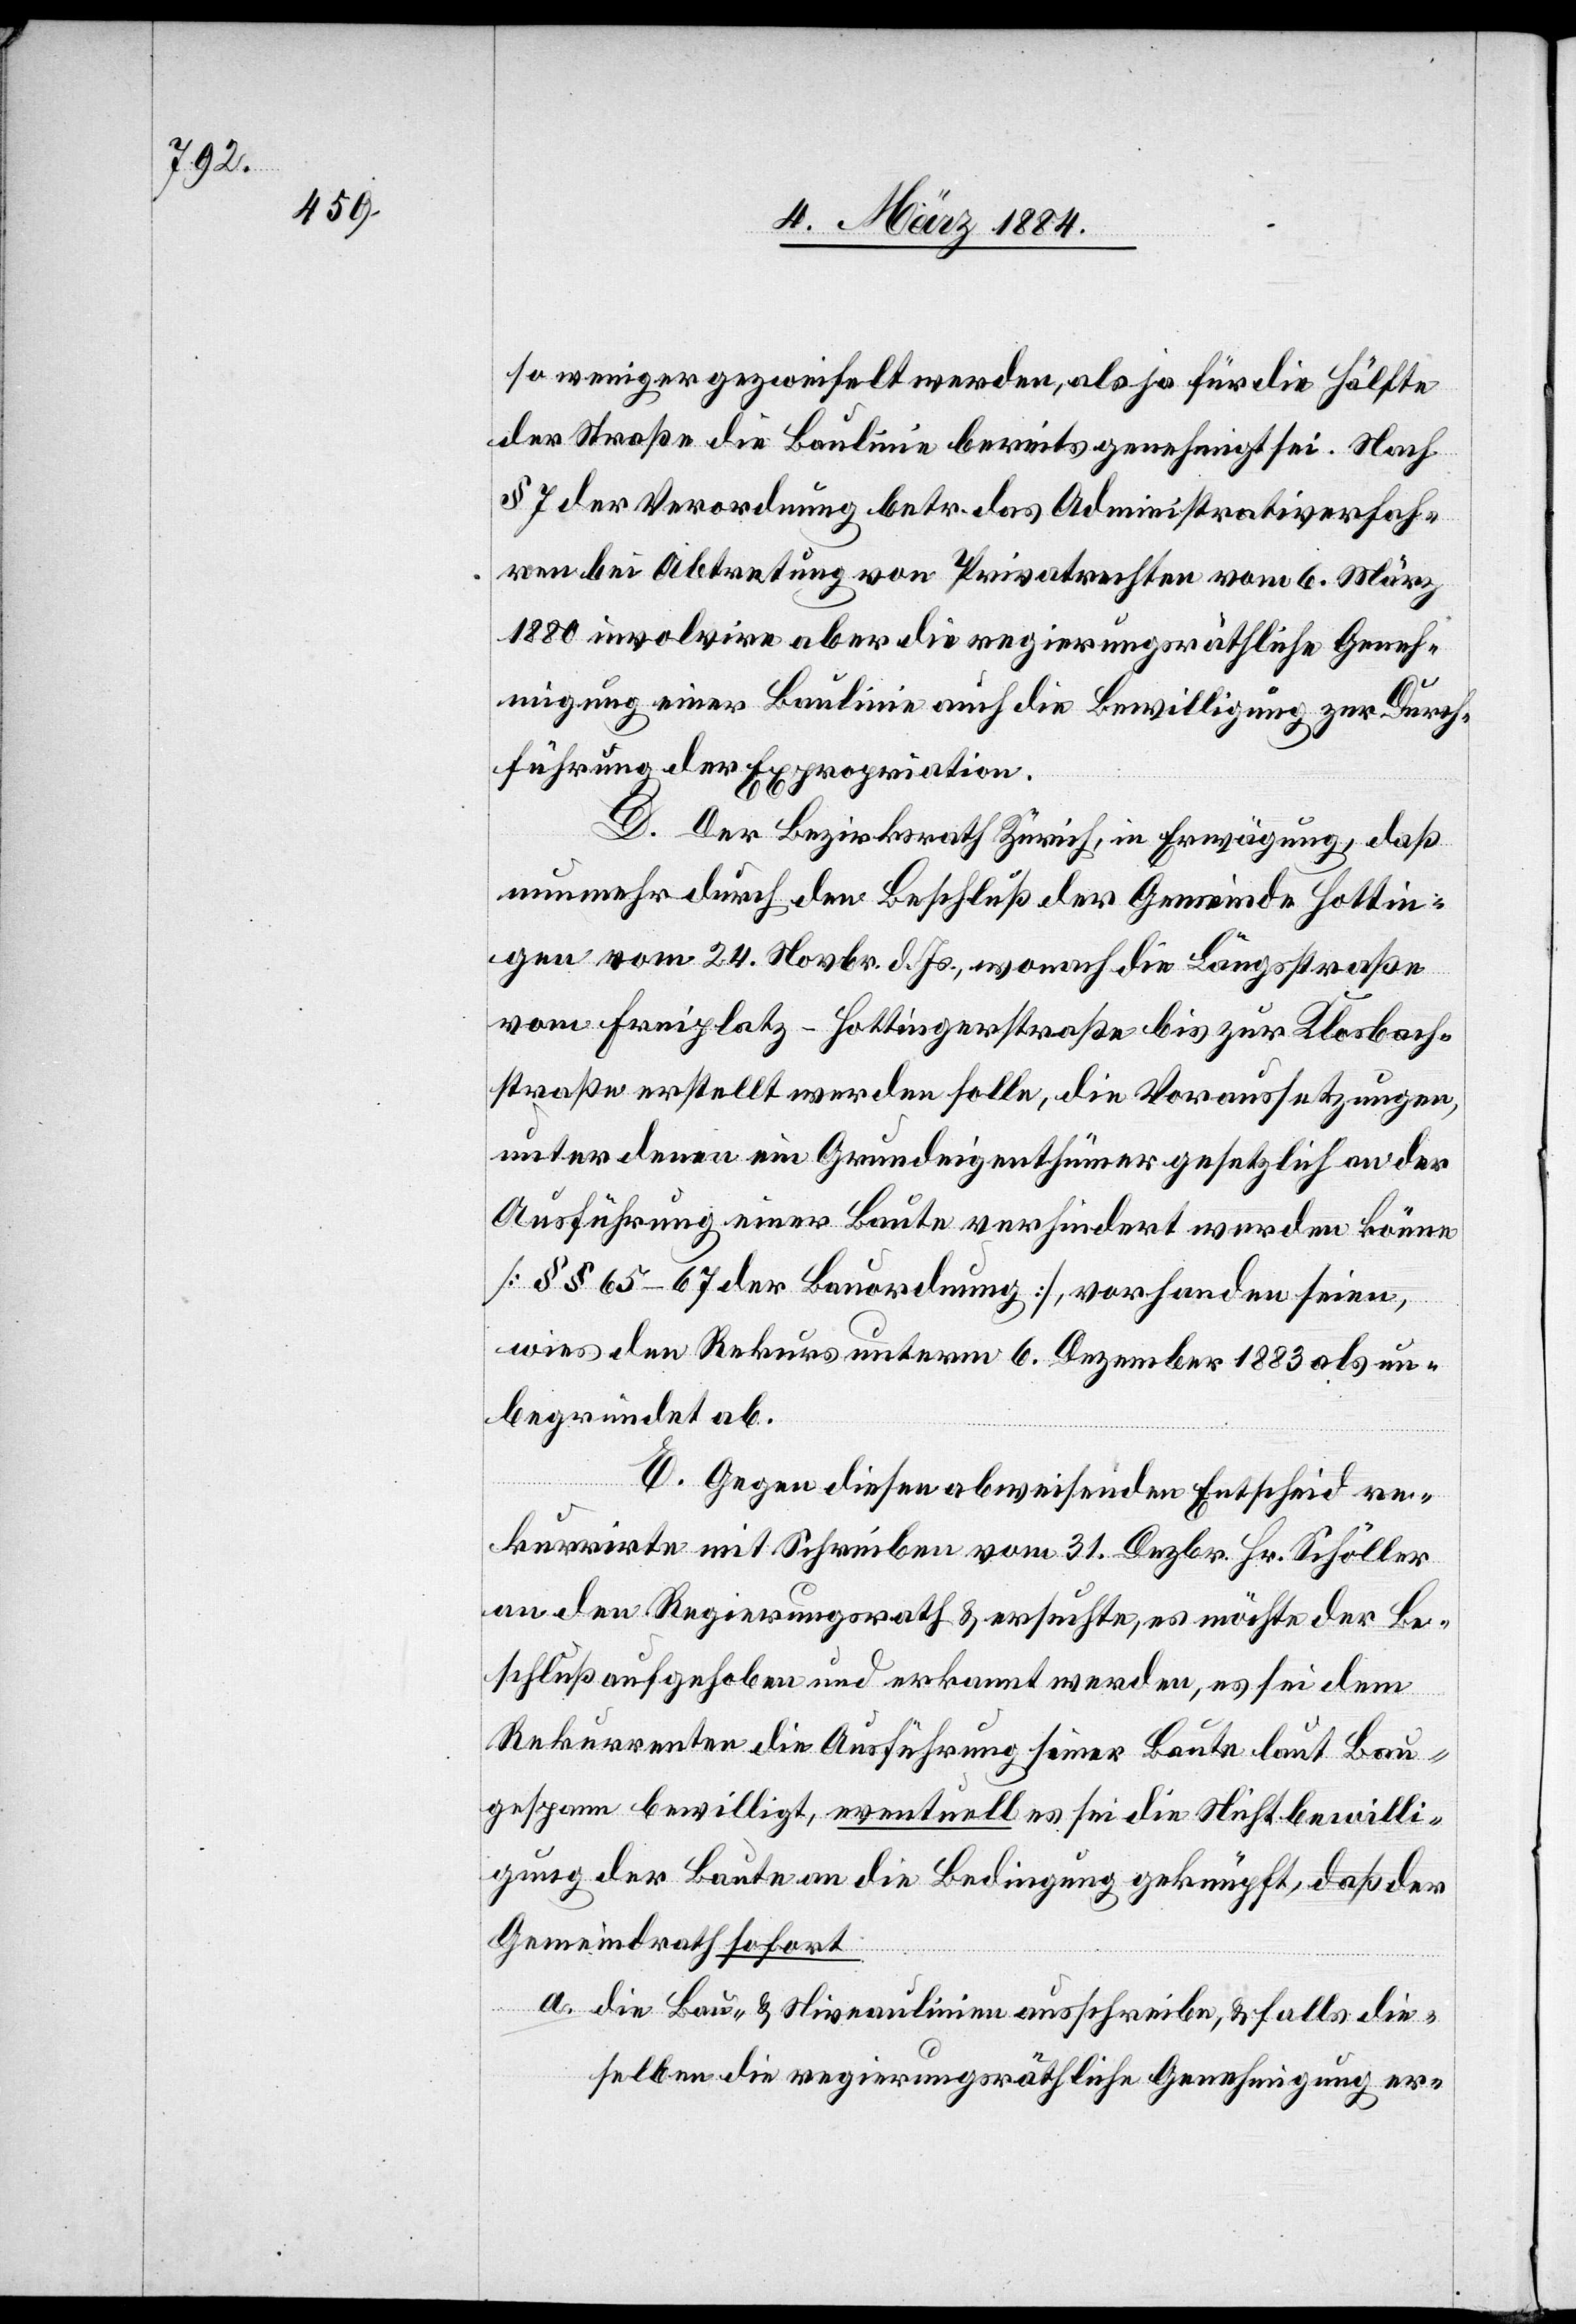
so weniger gezweifelt werden, als ja für die Hälfte
der Straße die Baulinie bereits genehmigt sei. Nach
§ 7 der Verordnung betr. das Administrativverfah¬
ren bei Abtretung von Privatrechten vom 6. März
1880 involvire aber die regierungsräthliche Geneh¬
migung einer Baulinie auch die Bewilligung zur Durch¬
führung der Expropriation.
D. Der Bezirksrath Zürich, in Erwägung, daß
nunmehr durch den Beschluß der Gemeinde Hottin¬
gen vom 24. Novbr. d. Js., wonach die Längsstraße
vom Freiplatz–Hottingerstraße bis zur Klosbach¬
straße erstellt werden solle, die Voraussetzungen,
unter denen ein Grundeigenthümer gesetzlich an der
Ausführung einer Baute verhindert werden könne
[§§ 65–67 der Bauordnung], vorhanden seien,
wies den Rekurs unterm 6. Dezember 18834 als un¬
begründet ab.
E. Gegen diesen abweisenden Entscheid re¬
kurrirte mit Schreiben vom 31. Dezbr. Hr. Schöller
an den Regierungsrath & ersuchte, es möchte der Be¬
schluß aufgehoben und erkannt werden, es sei dem
Rekurrenten die Ausführung seiner Baute laut Bau¬
gespann bewilligt, eventuell es sei die Nichtbewilli¬
gung der Baute an die Bedingung geknüpft, daß der
Gemeindrath sofort
a. die Bau- & Niveaulinien ausschreibe, & falls die¬
selben die regierungsräthliche Genehmigung er-